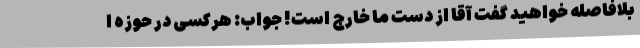
بلافاصله خواهید گفت آقا از دست ما خارج است! جواب: هرکسی در حوزه ا